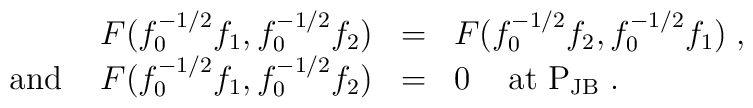
\begin{array}{rll}F(f_{0}^{-1/2}f_{1},f_{0}^{-1/2}f_{2})&=&F(f_{0}^{-1/2}f_{2},f_{0}^{-1/2}f_{1})\;,\\\mbox{ and }\;\;\;F(f_{0}^{-1/2}f_{1},f_{0}^{-1/2}f_{2})&=&0\;\;\;\mbox{ at }{\rm P}_{\rm JB}\;.\end{array}